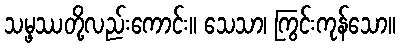
သမ္ဖဿတို့လည်းကောင်း။ သေသာ၊ ကြွင်းကုန်သော။